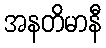
အနတိမာနီ